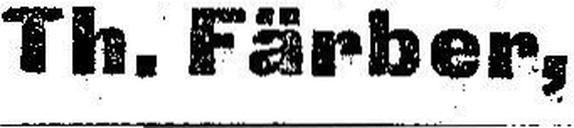
Th. Färber,